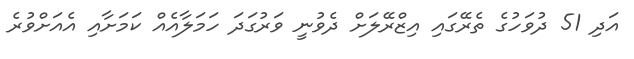
އަދި 51 ދުވަހުގެ ތެރޭގައި އިޒްރޭލަށް ދެވުނީ ވަރުގަދަ ހަމަލާއެއް ކަމަށާއި އެއަށްވުރެ